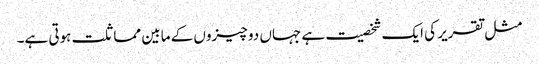
مثل تقریر کی ایک شخصیت ہے جہاں دو چیزوں کے مابین مماثلت ہوتی ہے۔